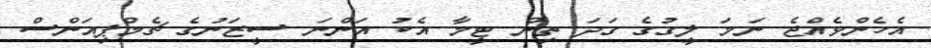
އެހެންވެއްޖެ ނަމަ ލީގުގެ ގަދަ ތިން ޓީމާ އެކު އަންނަ ސީޒަނުގެ ޗެމްޕިއަންސް